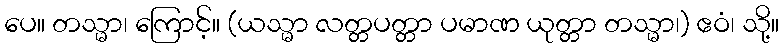
ပေ။ တသ္မာ၊ ကြောင့်။ (ယသ္မာ လတ္တပတ္တာ ပမာဏ ယုတ္တာ တသ္မာ၊) ဧဝံ၊ သို့။